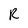
Character: R